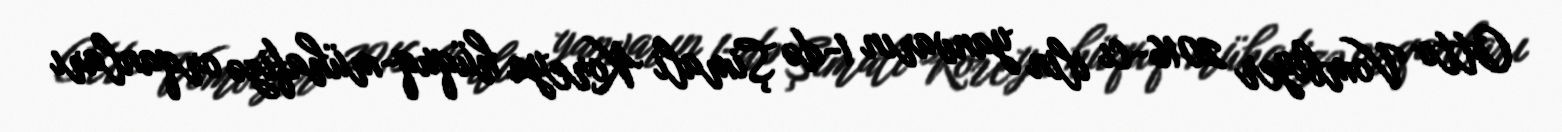
Otto Vombiyer 2016-cı ilin yanvarın 1-də Şimali Koreya hüquq-mühafizə orqanları